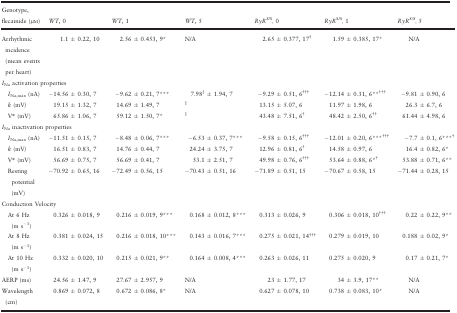
<table><thead><tr><td><b>Genotype, flecainide (<i>μ</i>m)</b></td><td><b><i>WT</i>, 0</b></td><td><b><i>WT</i>, 1</b></td><td><b><i>WT</i>, 5</b></td><td><b><i>RyR</i><sup><i>S/S</i></sup><sub>,</sub> 0</b></td><td><b><i>RyR</i><sup><i>S/S</i></sup><sub>,</sub> 1</b></td><td><b><i>RyR</i><sup><i>S/S</i></sup><sub>,</sub> 5</b></td></tr></thead><tbody><tr><td>Arrhythmic incidence (mean events per heart)</td><td>1.1 ± 0.22, 10</td><td>2.56 ± 0.453, 9*</td><td>N/A</td><td>2.65 ± 0.377, 17†</td><td>1.59 ± 0.385, 17*</td><td>N/A</td></tr><tr><td colspan="7"><i>I</i><sub>Na</sub> activation properties</td></tr><tr><td><i>I</i><sub>Na,max</sub> (nA)</td><td>−14.56 ± 0.30, 7</td><td>−9.62 ± 0.21, 7***</td><td>7.98‡ ± 1.94, 7</td><td>−9.29 ± 0.51, 6<sup>†††</sup></td><td>−12.14 ± 0.31, 6**<sup>†††</sup></td><td>−9.81 ± 0.90, 6</td></tr><tr><td><i>k</i> (mV<i>)</i></td><td>19.15 ± 1.32, 7</td><td>14.69 ± 1.49, 7</td><td>‡</td><td>13.15 ± 5.07, 6</td><td>11.97 ± 1.98, 6</td><td>26.3 ± 6.7, 6</td></tr><tr><td>V* (mV)</td><td>65.86 ± 1.06, 7</td><td>59.12 ± 1.50, 7*</td><td>‡</td><td>43.48 ± 7.51, 6†</td><td>48.42 ± 2.50, 6<sup>††</sup></td><td>61.44 ± 4.98, 6</td></tr><tr><td colspan="7"><i>I</i><sub>Na</sub> inactivation properties</td></tr><tr><td><i>I</i><sub>Na,max</sub> (nA)</td><td>−11.51 ± 0.15, 7</td><td>−8.48 ± 0.06, 7***</td><td>−6.53 ± 0.37, 7***</td><td>−9.58 ± 0.15, 6<sup>†††</sup></td><td>−12.01 ± 0.20, 6***<sup>†††</sup></td><td>−7.7 ± 0.1, 6***†</td></tr><tr><td><i>k</i> (mV<i>)</i></td><td>16.51 ± 0.83, 7</td><td>14.76 ± 0.44, 7</td><td>24.24 ± 3.75, 7</td><td>12.96 ± 0.81, 6†</td><td>14.58 ± 0.97, 6</td><td>16.4 ± 0.82, 6*</td></tr><tr><td>V* (mV)</td><td>56.69 ± 0.75, 7</td><td>56.69 ± 0.41, 7</td><td>53.1 ± 2.51, 7</td><td>49.98 ± 0.76, 6<sup>†††</sup></td><td>53.64 ± 0.88, 6*†</td><td>53.88 ± 0.71, 6**</td></tr><tr><td>Resting potential (mV)</td><td>−70.92 ± 0.65, 16</td><td>−72.49 ± 0.56, 15</td><td>−70.43 ± 0.51, 16</td><td>−71.89 ± 0.51, 15</td><td>−70.67 ± 0.58, 15</td><td>−71.44 ± 0.28, 15</td></tr><tr><td colspan="7">Conduction Velocity</td></tr><tr><td>At 6 Hz (m s<sup>−1</sup>)</td><td>0.326 ± 0.018, 9</td><td>0.216 ± 0.019, 9***</td><td>0.168 ± 0.012, 8***</td><td>0.313 ± 0.026, 9</td><td>0.306 ± 0.018, 10<sup>†††</sup></td><td>0.22 ± 0.22, 9**</td></tr><tr><td>At 8 Hz (m s<sup>−1</sup>)</td><td>0.381 ± 0.024, 15</td><td>0.216 ± 0.018, 10***</td><td>0.143 ± 0.016, 7***</td><td>0.275 ± 0.021, 14<sup>†††</sup></td><td>0.279 ± 0.019, 10</td><td>0.188 ± 0.02, 9*</td></tr><tr><td>At 10 Hz (m s<sup>−1</sup>)</td><td>0.332 ± 0.020, 10</td><td>0.215 ± 0.021, 9**</td><td>0.164 ± 0.008, 4***</td><td>0.263 ± 0.026, 11</td><td>0.275 ± 0.020, 9</td><td>0.17 ± 0.21, 7*</td></tr><tr><td>AERP (ms)</td><td>24.56 ± 1.47, 9</td><td>27.67 ± 2.957, 9</td><td>N/A</td><td>23 ± 1.77, 17</td><td>34 ± 3.9, 17**</td><td>N/A</td></tr><tr><td>Wavelength (cm)</td><td>0.869 ± 0.072, 8</td><td>0.672 ± 0.086, 8*</td><td>N/A</td><td>0.627 ± 0.078, 10</td><td>0.738 ± 0.083, 10*</td><td>N/A</td></tr></tbody></table>